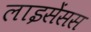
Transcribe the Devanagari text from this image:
लाइसेंसस